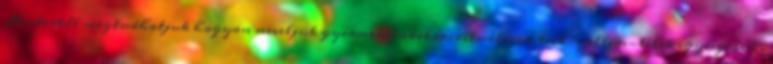
Mestertől megtudhatjuk hogyan neveljük gyermekeinket spirituálisan test-szellem-lélek egységében ,